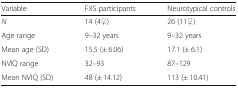
| Variable | FXS participants | Neurotypical controls |
 | --- | --- | --- |
 | N | 14 (4♀) | 26 (11♀) |
 | Age range | 9–32 years | 9–32 years |
 | Mean age (SD) | 15.5 (± 6.06) | 17.1 (± 6.1) |
 | NVIQ range | 32–93 | 87–129 |
 | Mean NVIQ (SD) | 48 (± 14.12) | 113 (± 10.41) |